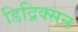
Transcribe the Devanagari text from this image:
डिद्रिक्सन